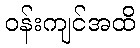
ဝန်းကျင်အထိ